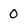
Character: 0